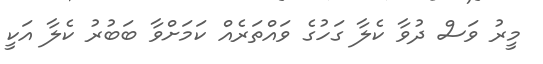
މީރު ވަސް ދުވާ ކެލާ ގަހުގެ ވައްތަރެއް ކަމަށްވާ ބަބުރު ކެލާ އަކީ